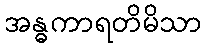
အန္ဓကာရတိမိသာ